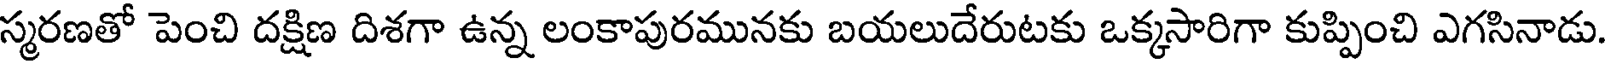
స్మరణతో పెంచి దక్షిణ దిశగా ఉన్న లంకాపురమునకు బయలుదేరుటకు ఒక్కసారిగా కుప్పించి ఎగసినాడు